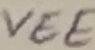
Text: VEE